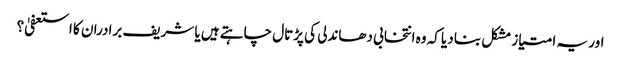
اور یہ امتیاز مشکل بنا دیا کہ وہ انتخابی دھاندلی کی پڑتال چاہتے ہیں یا شریف برادران کا استعفیٰ؟